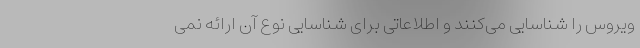
ویروس را شناسایی می‌کنند و اطلاعاتی برای شناسایی نوع آن ارائه نمی